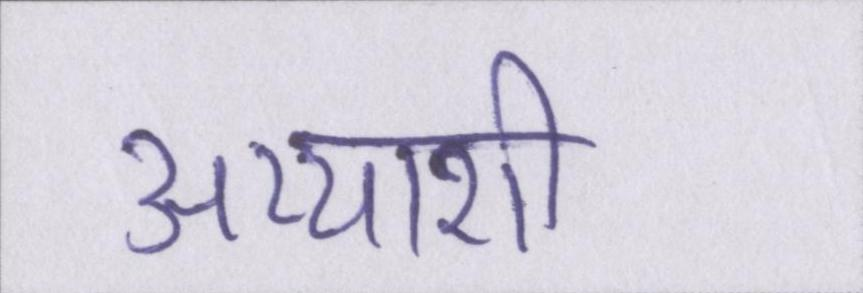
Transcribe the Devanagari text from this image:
अय्याशी